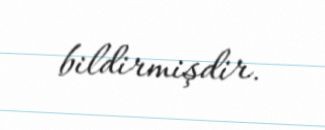
bildirmişdir.